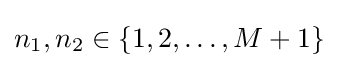
n_{1},n_{2}\in \{1,2,\ldots ,M+1\}